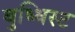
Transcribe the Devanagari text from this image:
बुध्धिस्ट